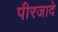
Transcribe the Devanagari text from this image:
पीरजादे